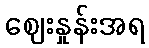
ဈေးနှုန်းအရ